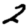
Digit: 2